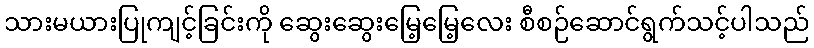
သားမယားပြုကျင့်ခြင်းကို ဆွေးဆွေးမြေ့မြေ့လေး စီစဉ်ဆောင်ရွက်သင့်ပါသည်